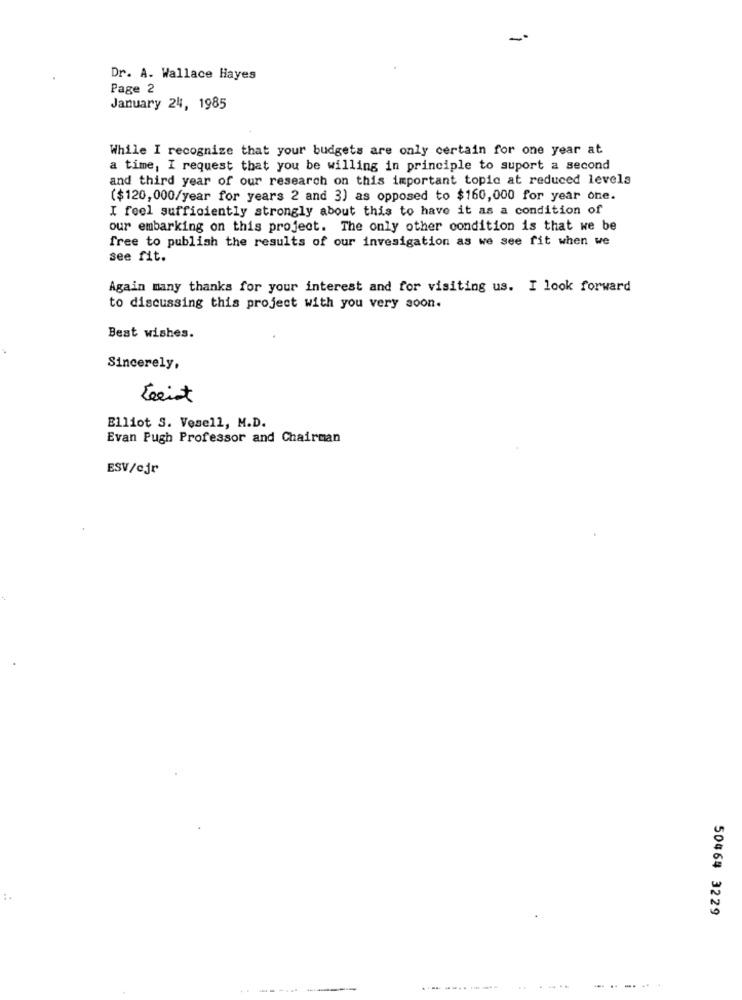
-
Dr. A. Wallace Hayes
Page 2
January 24, 1985
While I recognize that your budgets are only certain for one year at
a time, I request that you be willing in principle to suport a second
and third year of our research on this important topic at reduced levels
($120,000/year for years 2 and 3) as opposed to $160,000 for year one.
I feel sufficiently strongly about this to have it as a condition of
our embarking on this project. The only other condition is that we be
free to publish the results of our invesigation as we see fit when we
see fit.
Again many thanks for your interest and for visiting us. I look forward
to discussing this project with you very soon.
Best wishes.
Sincerely,
Leeist
Elliot S. Vesell, M.D.
Evan Pugh Professor and Chairman
ESV/cjr
:.
5046# 3229
... .. -. ..
... ...